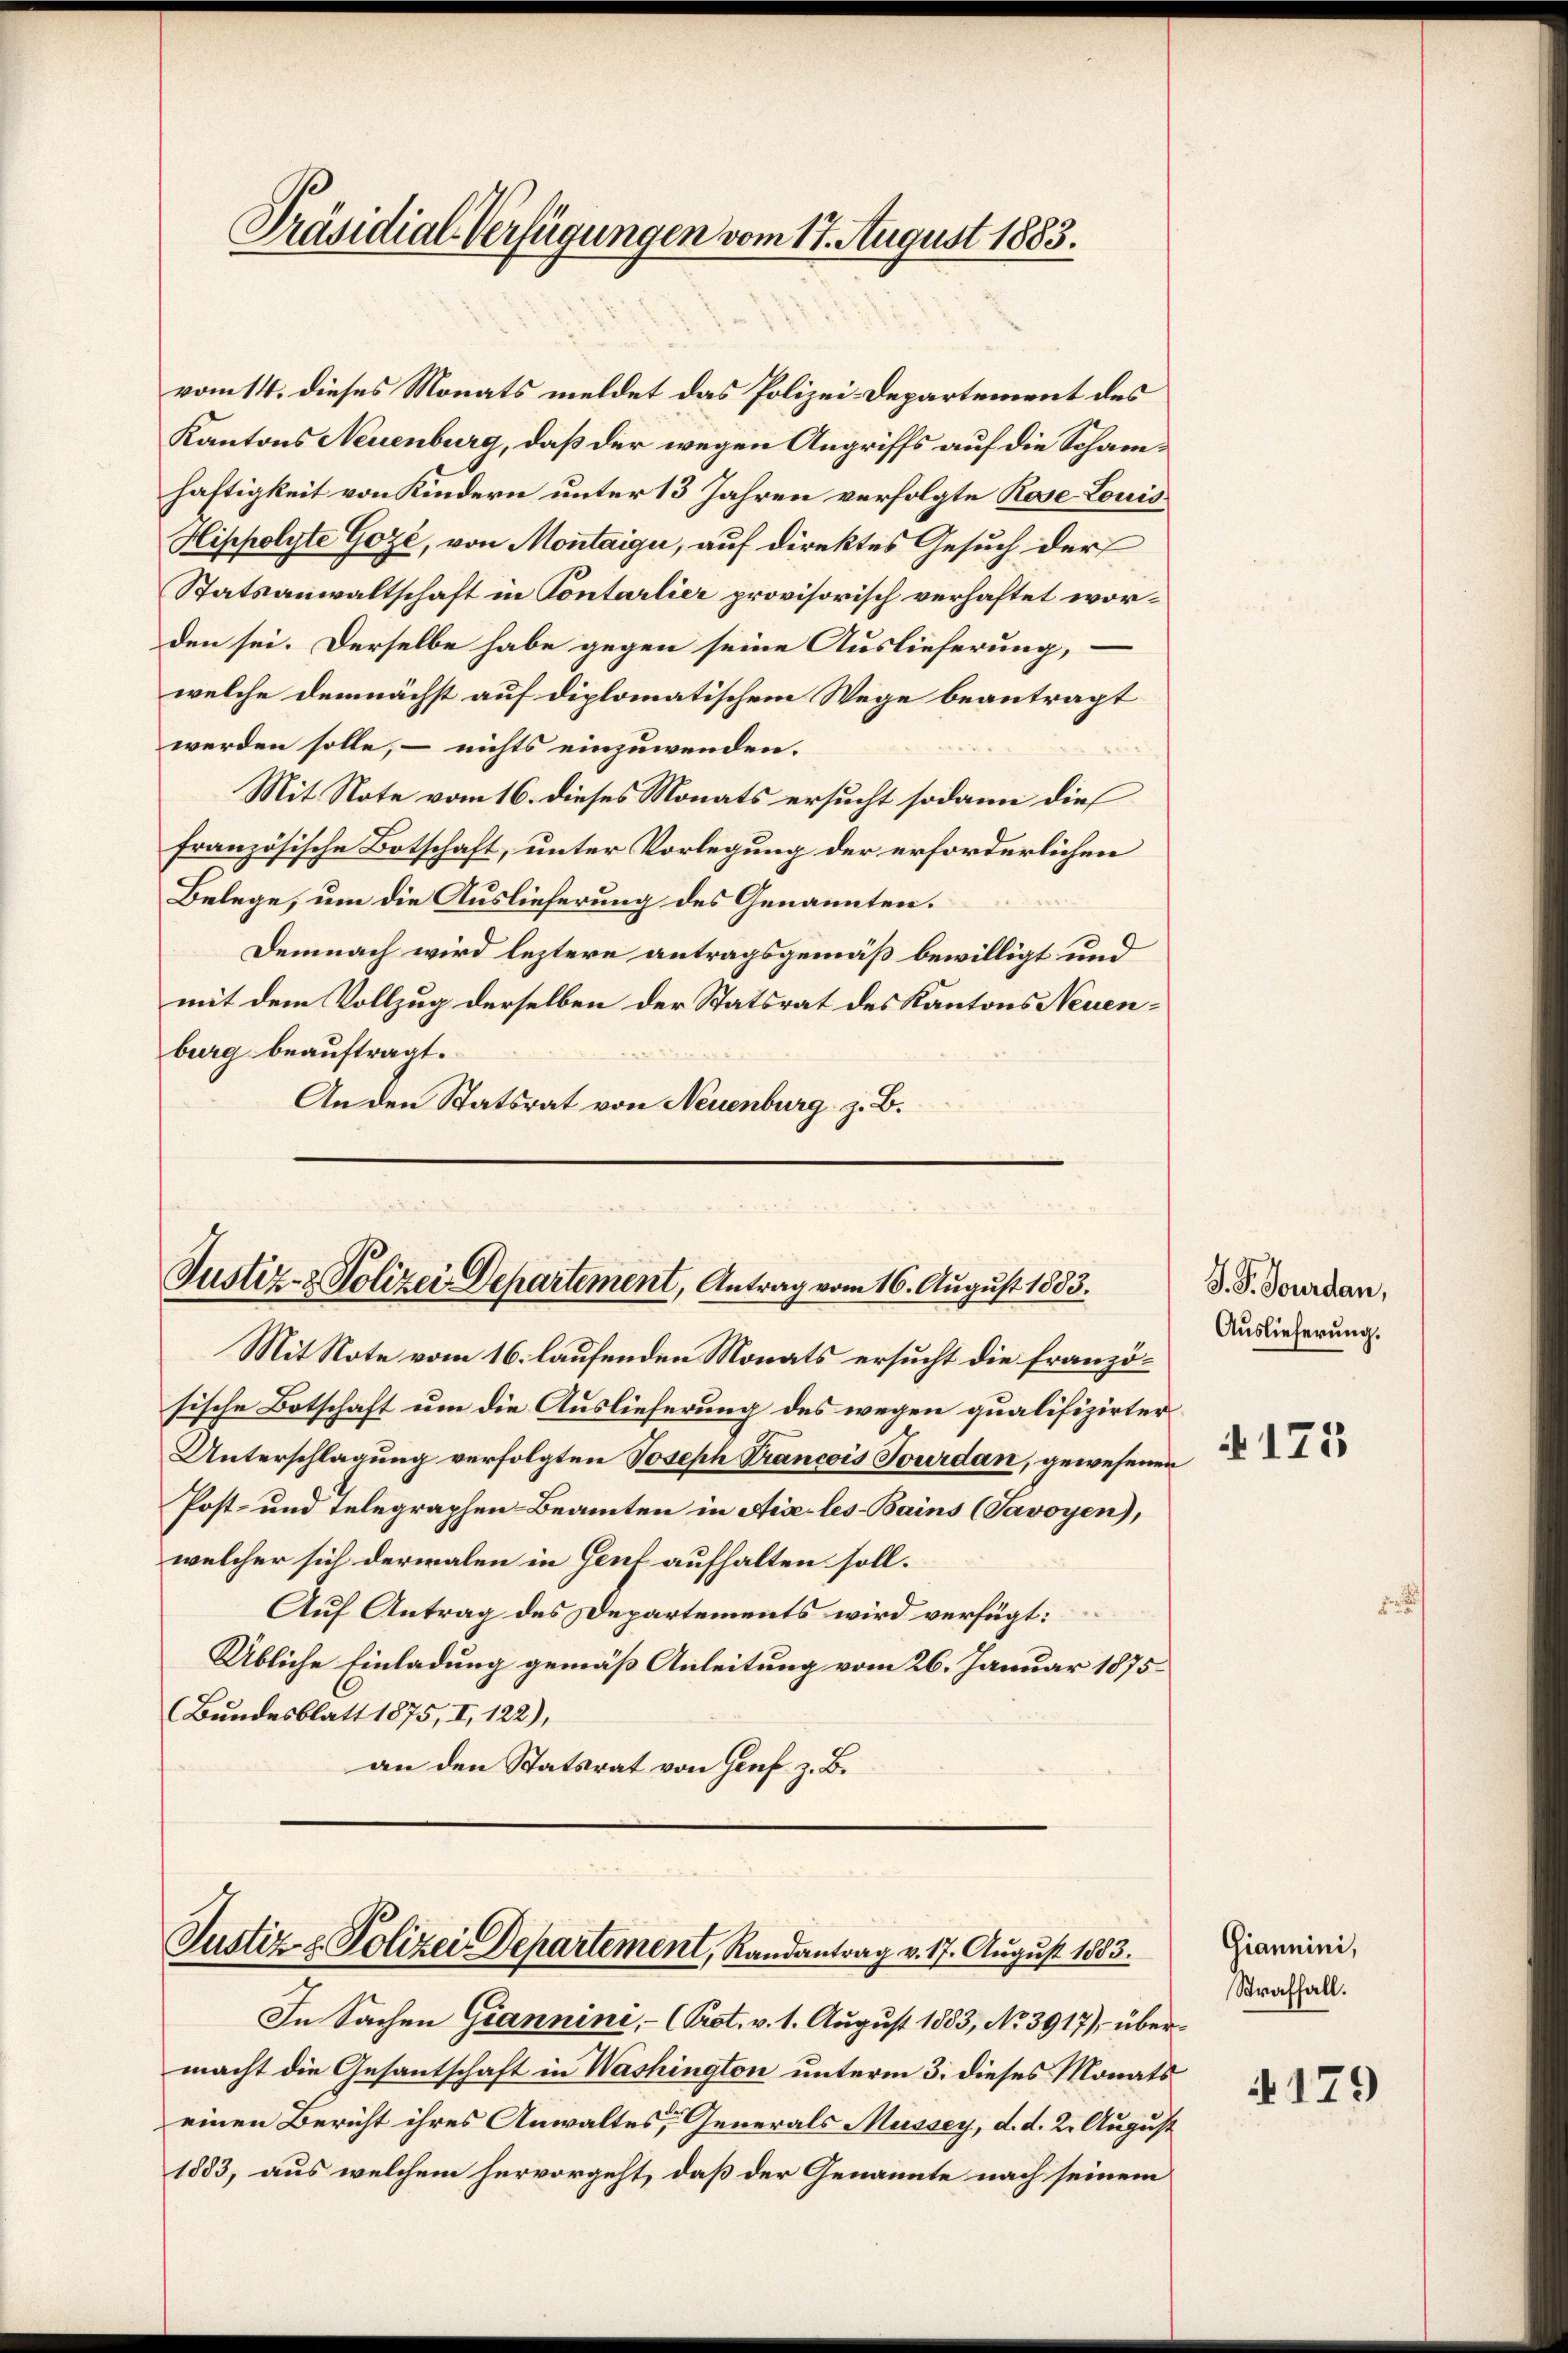
Präsidial-Verfügungen vom 17. August 1883.

vom 14. dieses Monats meldet das Polizei-Departement des
Kantons Neuenburg, daß der wegen Angriffs auf die Schamhaftigkeit von Kindern unter 13 Jahren verfolgte Rose Louis
Hippolyte Gozé, von Montaige, auf direktes Gesuch der
Statsanwaltschaft in Contarlier provisorisch verhaftet worden sei. Derselbe habe gegen seine Auslieferung,
welche demnächst auf diplomatischem Wege beantragt
werden solle, – nichts einzuwenden.
Mit Note vom 16. dieses Monats ersucht sodann die
französische Botschaft, unter Vorlegung der erforderlichen
Belege, um die Auslieferung des Genannten.
Demnach wird leztere antragsgemäß bewilligt und
mit dem Vollzug derselben der Statsrat des Kantons Neuenburg beauftragt.
An den Statsrat von Neuenburg z. B.

Justiz- & Polizei-Departement, Antrag vom 16. August 1883.

Mit Note vom 16. laufenden Monats ersucht die Französische Botschaft um die Auslieferung des wegen qualifizirter
Unterschlagung verfolgten Joseph Francois Jourdan, gewesenen
Post- und Telegraphen-Beamten in Aix-les-Bains (Javoyen),
welcher sich dermalen in Genf aufhalten soll.
Auf Antrag des Departements wird verfügt:
Übliche Einladung gemäß Anleitung vom 26. Januar 1875
(Bundesblatt 1875, I, 122),
an den Statsrat von Genf z. B.

Justiz- & Polizei Departement, Randantrag v. 17. August 1883.

In Sachen Grannine, - (Prot. v. 1. August 1803, No 3917), übermacht die Gesantschaft in Washington unterm 3. dieses Monats
einen Bericht ihres Anwaltes, Generals Mussey, d. d. 2. August
1883, aus welchem hervorgeht, daß der Genannte nach seinem

V. P. Jourdan,
Auslieferung.
173

Giannini,
Straffall.

179